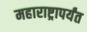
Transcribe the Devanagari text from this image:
महाराष्ट्रापर्यंत